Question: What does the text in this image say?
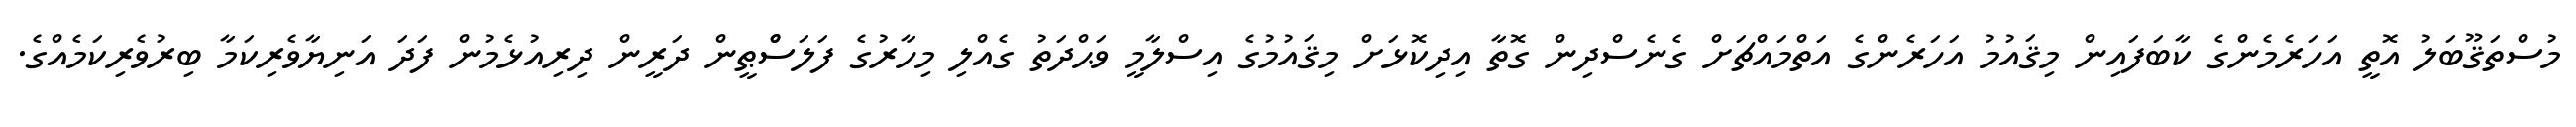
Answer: މުސްތަޤޫބަލު އޮތީ އަހަރެމެންގެ ކާބަފައިން މިޤައުމު އަހަރެންގެ އަތްމައްޗަށް ގެނެސްދިން ގޮތާ އިދިކޮޅަށް މިޤައުމުގެ އިސްލާމީ ވަޙްދަތު ގެއްލި މިހާރުގެ ފަލަސްްޠީން ދަރީން ދިރިއުޅެމުން ފަދަ އަނިޔާވެރިކަމާ ބިރުވެރިކަމެއްގެ.